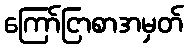
ကြော်ငြာစာအမှတ်